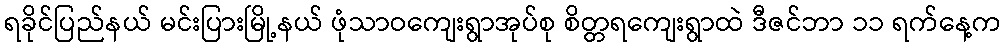
ရခိုင်ပြည်နယ် မင်းပြားမြို့နယ် ဖုံသာဝကျေးရွာအုပ်စု စိတ္တရကျေးရွာထဲ ဒီဇင်ဘာ ၁၁ ရက်နေ့က